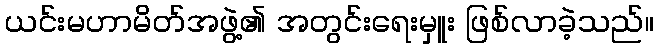
ယင်းမဟာမိတ်အဖွဲ့၏ အတွင်းရေးမှူး ဖြစ်လာခဲ့သည်။